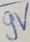
Text: 9V